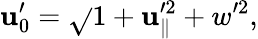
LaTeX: \mathbf{u}_{0}^{\prime}=\sqrt{}{{1+\mathbf{u}_{\parallel}^{\prime2}+w^{\prime2}}},